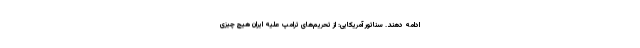
ادامه دهند. سناتور آمریکایی: از تحریم‌های ترامپ علیه ایران هیچ چیزی